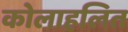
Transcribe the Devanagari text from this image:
कोलाहलित